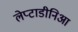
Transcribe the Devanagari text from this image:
लेप्टाडीनिआ